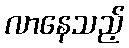
လာနေသည့်